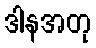
ဒါနအတု